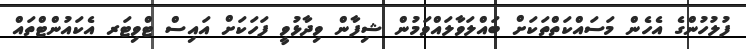
ފުލުހުންގެ އެހެން މަސައްކަތްތަކަށް ބައްލަވާލައްވަމުން ޝިފާން ވިދާޅުވީ ފަހަކަށް އައިސް ޓްވިޓަރ އެކައުންޓްތައް